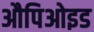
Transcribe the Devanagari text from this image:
औपिओइड